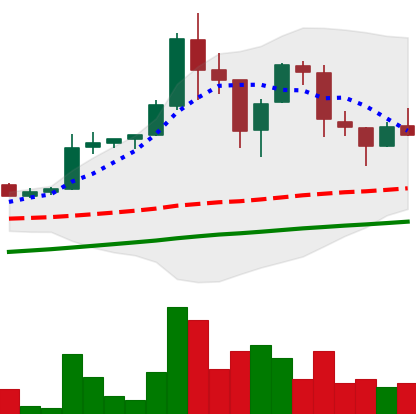
Ticker: LTC-USD
Chart end date: 2017-09-12
Forward return: -24.51%
Label: down_7plus